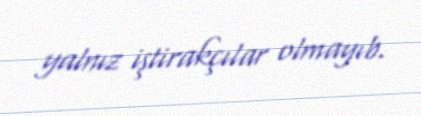
yalnız iştirakçılar olmayıb.